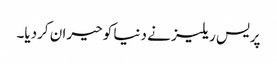
پریس ریلیز نے دنیا کو حیران کردیا۔